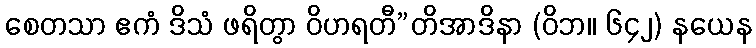
စေတသာ ဧကံ ဒိသံ ဖရိတွာ ဝိဟရတီ”တိအာဒိနာ (ဝိဘ။ ၆၄၂) နယေန